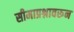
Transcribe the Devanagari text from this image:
सीमाप्रश्नावरून